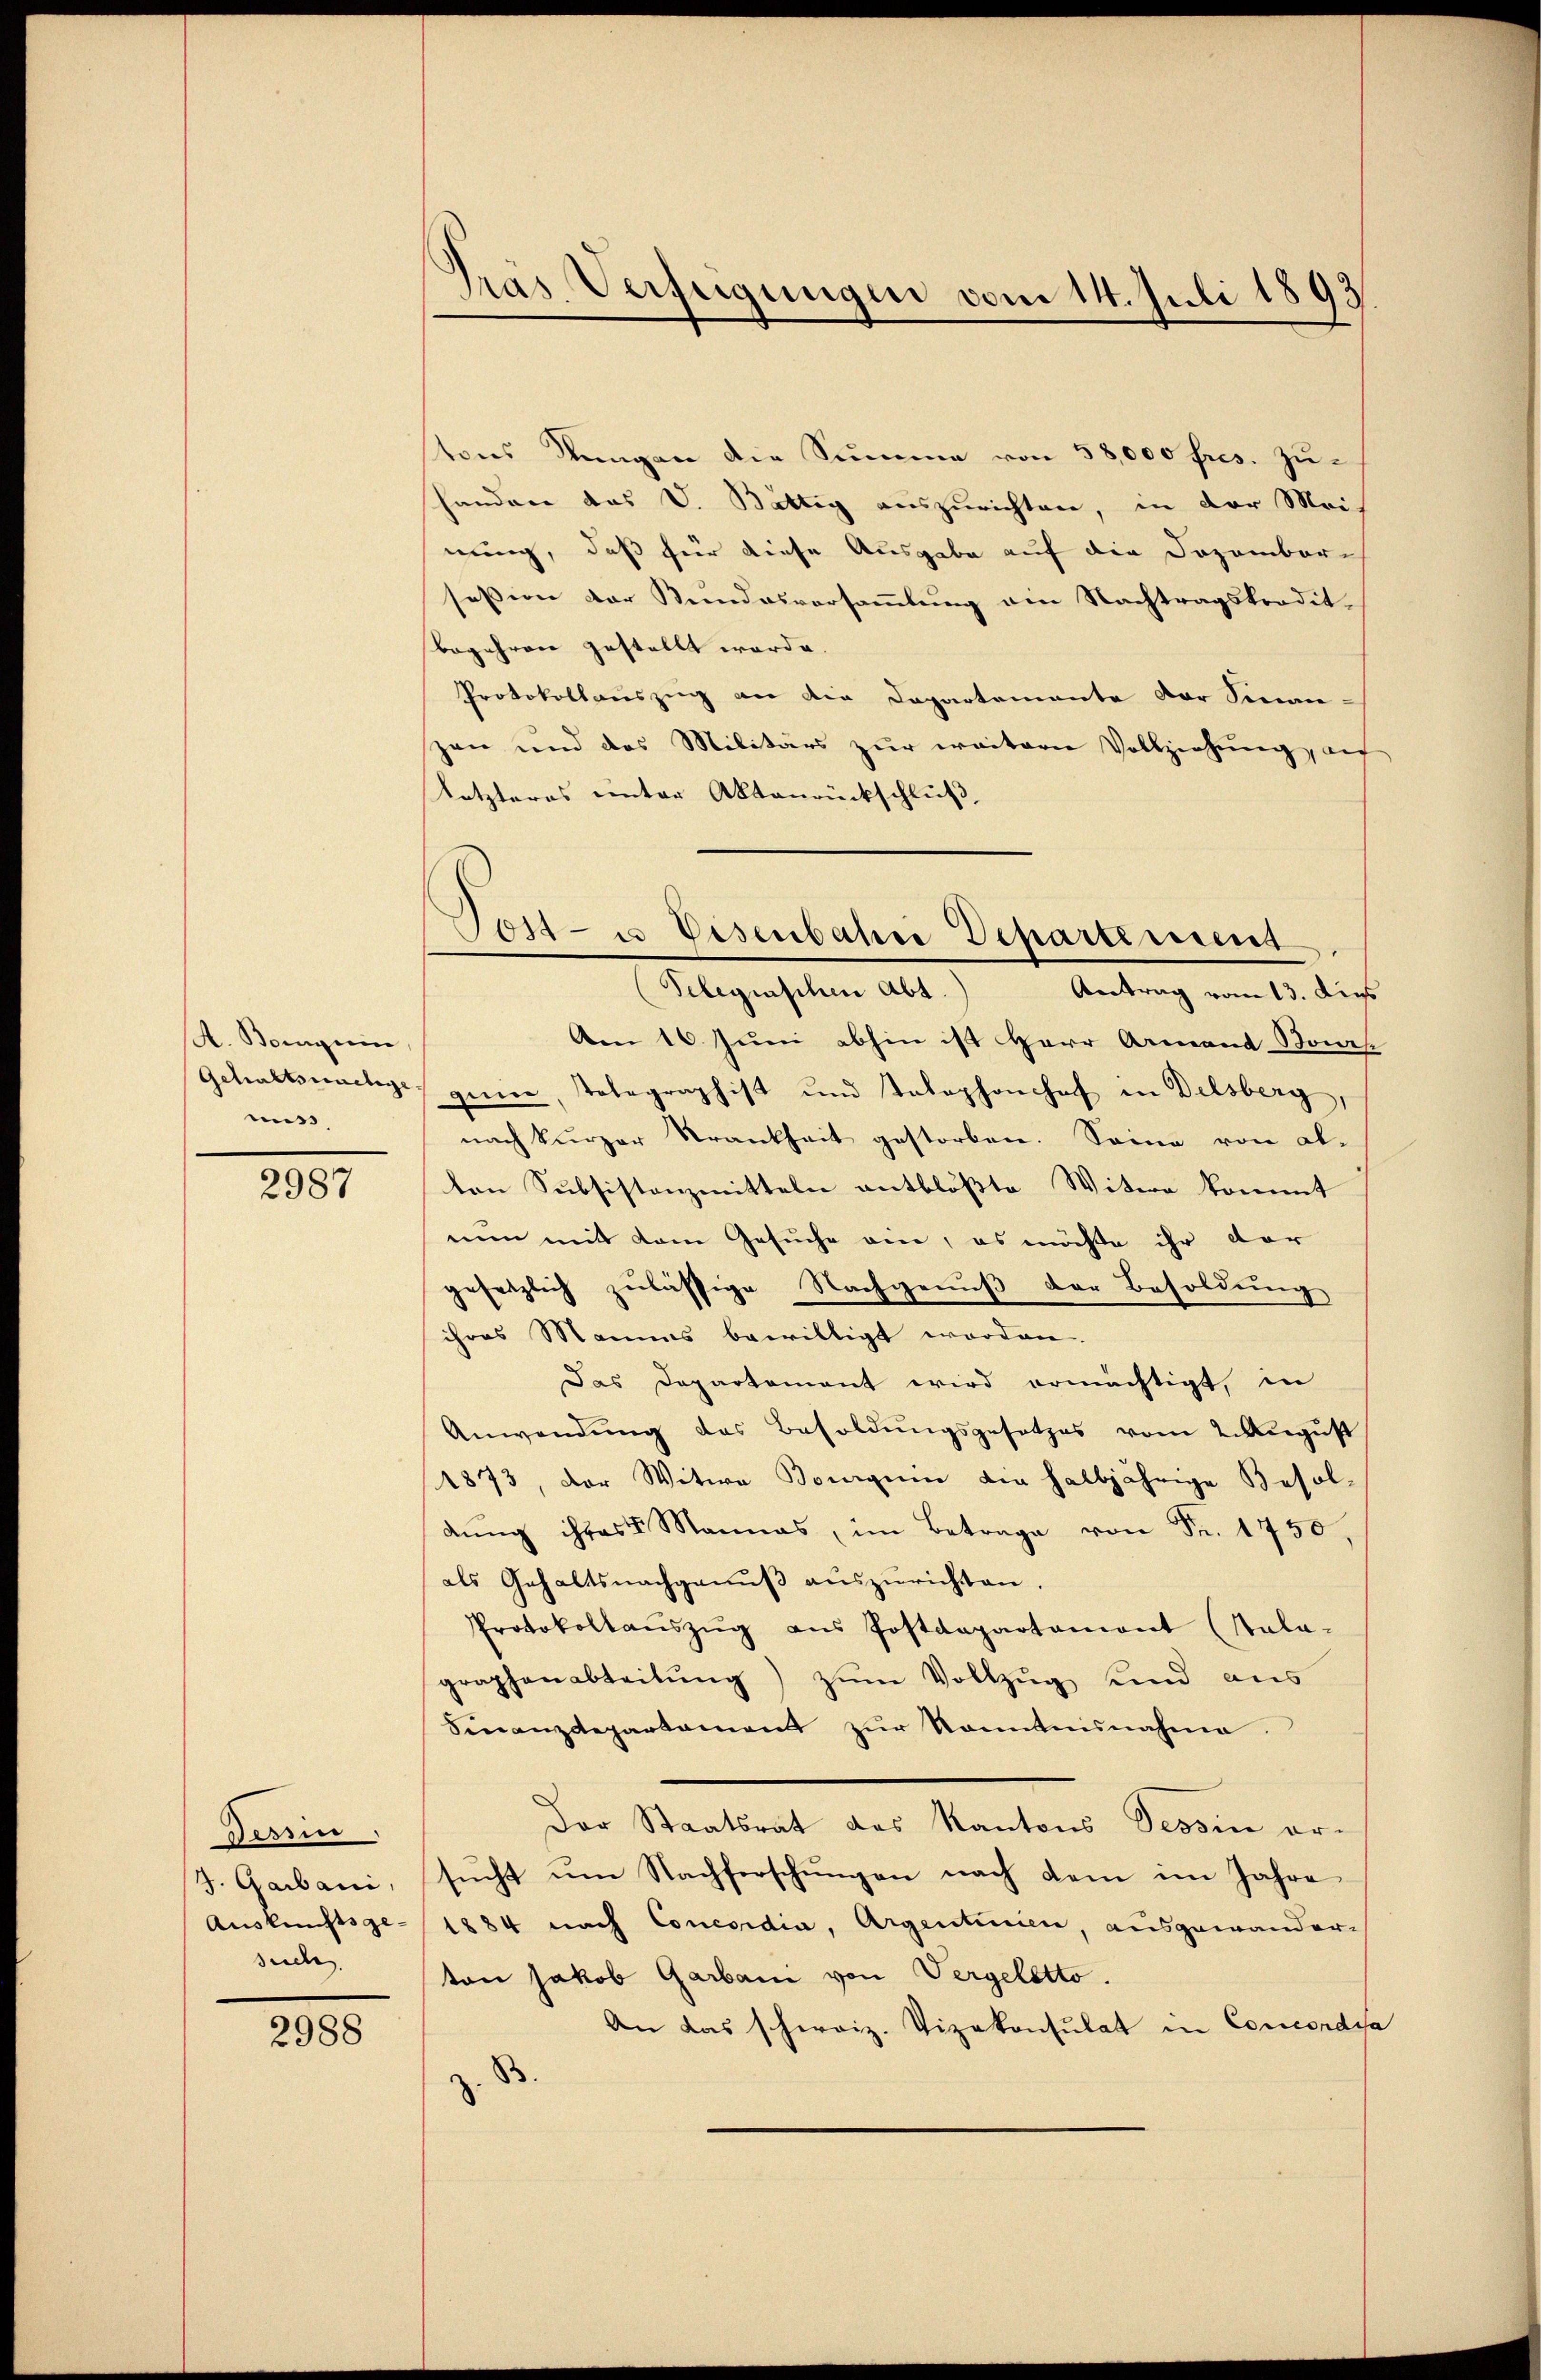
A. Borgerin
Getraftsinstige
mis

2987

Tessin.
J. Garbani,
Auskunftsge
sude

2988

.
pras. Verfügungen vom 14. Juli 1893.

oies dungen die Summe von 58,000 frs. zu-
handere das V. Bättig auszurichten, in der Meis
nung, daß für diese Ausgabe auf die Dezembersession der Kundesversammlung ein Nachtragskredit-
Begehren gestellt werde.
Protokollauszug an die Departemente der Sinn:
zen und das Militärs zur weitern Vollziehung, au
Letzteres unter Aktenrückschluß,
Am 16. Juni abhin ist Herr Armand Bours
genen, Telegraphist und Tolophonshof in Delsberg,
nach kurzer Krankheit gestorben. Seine von al-
ten Subsistanzmitteln entblöste Witwe kommt
nun mit dem Gesuche an, es möchte ihr dar
gesetzlich zulässige Nachgenŭβ der Besoldung
ihres Mannes bewilligt worden.
Das Departement wird ermächtigt, in
Anwendung des Besoldungsgesetzes vom 2. August
1873, der Witwe Bongum die halbjährige Besoldŭng ihres Mannes, im Betrage von Fr. 1750
als Gehaltsnachgenŭβ aŭszŭrichten.
Protokollaŭszŭg ans Postdepartament (Stala-
graphenabteilŭng zŭm Vollzŭg und aus
Finanzdepartament zŭr Kenntnisnahme.
Der Staatsrat des Kantons Tessin er-
sŭcht um Nachforschungen nach dem im Jahre
1884 nach Concordia, Argentinien, ausgewander-
ton Jakob Garbani von Vergeletto.
An das schweiz. Vizekonsulat in Concordisa
d

Tost- u Eisenbahre Departiment
Telegenschen Abt.
Antrag vom 13. dies